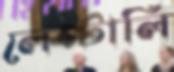
লেপ্‌টালি